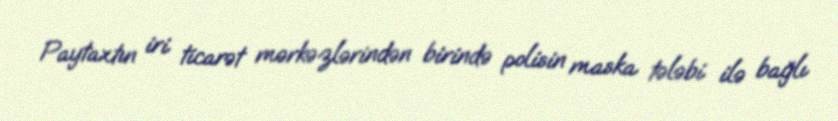
Paytaxtın iri ticarət mərkəzlərindən birində polisin maska tələbi ilə bağlı